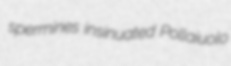
spermines insinuated Pollaiuolo